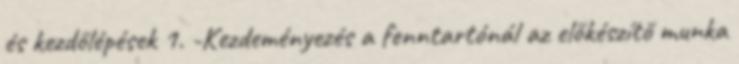
és kezdőlépések 1. -Kezdeményezés a fenntartónál az előkészítő munka